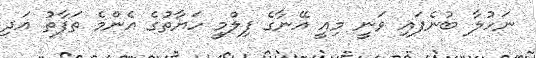
ނަހުލާ ބުނެފައި ވަނީ މިއީ އޭނާގެ ފިލްމީ ހަޔާތުގެ އެންމެ ތަފާތު އަދި